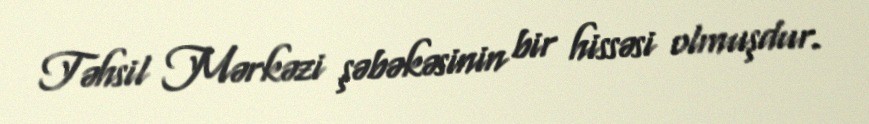
Təhsil Mərkəzi şəbəkəsinin bir hissəsi olmuşdur.